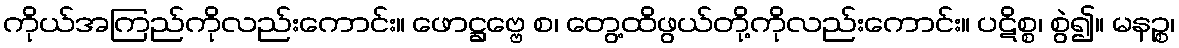
ကိုယ်အကြည်ကိုလည်းကောင်း။ ဖောဋ္ဌဗ္ဗေ စ၊ တွေ့ထိဖွယ်တို့ကိုလည်းကောင်း။ ပဋိစ္စ၊ စွဲ၍။ မနဉ္စ၊